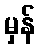
မှန်